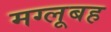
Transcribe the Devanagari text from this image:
मग्लूबह